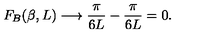
F _ { B } ( \beta , L ) \longrightarrow \frac { \pi } { 6 L } - \frac { \pi } { 6 L } = 0 .